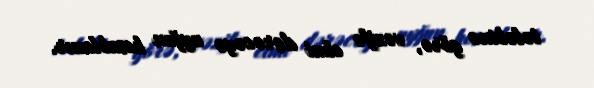
tələbinə görə, vəzifə elmi dərəcəyə uyğun hesablanır.